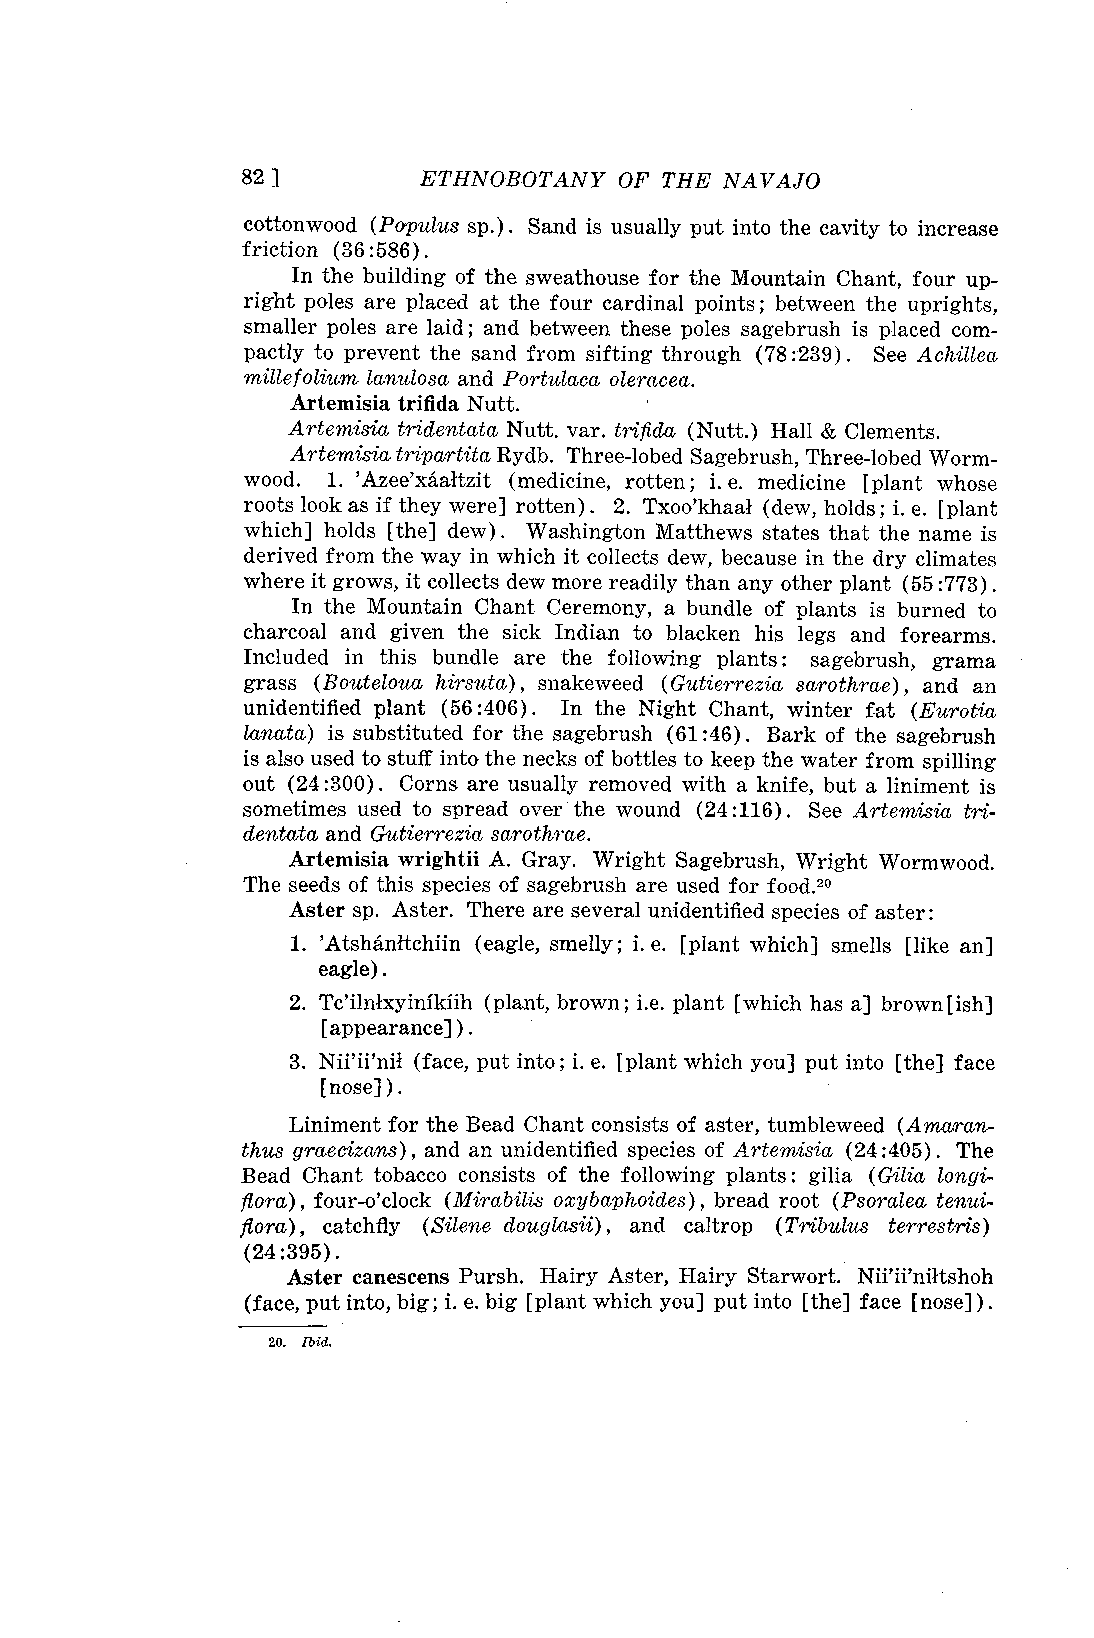
82 ]        ETHNOBOTANY  OF THE NAVAJO
 cottonwood (Popu/us sp.). Sand is usually put into the cavity to increase
 friction (36:586).
 In the building of the sweathouse for the Mountain Chant, four up-
 right poles are placed at the four cardinal points ; between the uprights,
 smaller poles are laid ; and between these poles sagebrush is placed com-
 pactly to prevent the sand from sifting through (78 :239) . See Achillea
 millefolium, lanulosa and Portulaca oleracea.
 Artemisia trifida Nutt.
 Artemisia, tridentata Nutt. var. trifida (Nutt.) Hall & Clements.
 Artemisia tripartita Rydb. Three-lobed Sagebrush, Three-lobed Worm-
 wood. 1. 'Azee'xA,aitzit (medicine, rotten ; i.e. medicine [plant whose
 roots look as if they were] rotten). 2. Txoo'khaal (dew, holds ; i. e. [plant
 which] holds [the] dew). Washington Matthews states that the name is
 derived from the way in which it collects dew, because in the dry climates
 where it grows, it collects dew more readily than any other plant (55:773) .
 In the Mountain Chant Ceremony, a bundle of plants is burned to
 charcoal and given the sick Indian to blacken his legs and forearms.
 Included in this bundle are the following plants : sagebrush, grama
 grass (Bouteloua hirsuta), snakeweed (Gutierrezia sarothrae), and an
 unidentified plant (56 :406). In the Night Chant, winter fat (Eurotia
 lanata) is substituted for the sagebrush (61 :46) . Bark of the sagebrush
 is also used to stuff into the necks of bottles to keep the water from spilling
 out (24 :300). Corns are usually removed with a knife, but a liniment is
 sometimes used to spread over the wound (24:116). See Artemisia tri-
 dentata and Gutierrezia sarothrae.
 Artemisia wrightii A. Gray. Wright Sagebrush, Wright Wormwood.
 The seeds of this species of sagebrush are used for food. °
 2
 Aster sp. Aster. There are several unidentified species of aster:
 1. 'AtshAnItchiin (eagle, smelly; i. e. [plant which] smells [like an]
 eagle).
 2. Tc'finlxyinikiih (plant, brown ; i.e. plant [which has a] brown [ish]
 [appearance] ).
 3.      (face, put into ; i. e. [plant which you] put into [the] face
 [nose] ).
 Liniment for the Bead Chant consists of aster, tumbleweed (Amaran-
 thus graecizans), and an unidentified species of Artemisia (24:405). The
 Bead Chant tobacco consists of the following plants : gilia (Gilia longi-
 fiora), four-o'clock (Mirabilis oxybaph,oides), bread root (Psoralea tenui-
 fiora), catchfly (Silene douglasii), and caltrop (Tribulus terrestris)
 (24:395).
 Aster canescens Pursh. Hairy Aster, Hairy Starwort. Ninfniltshoh
 (face, put into, big; i. e. big [plant which you] put into [the] face [nose] ).
 20. Ibid.